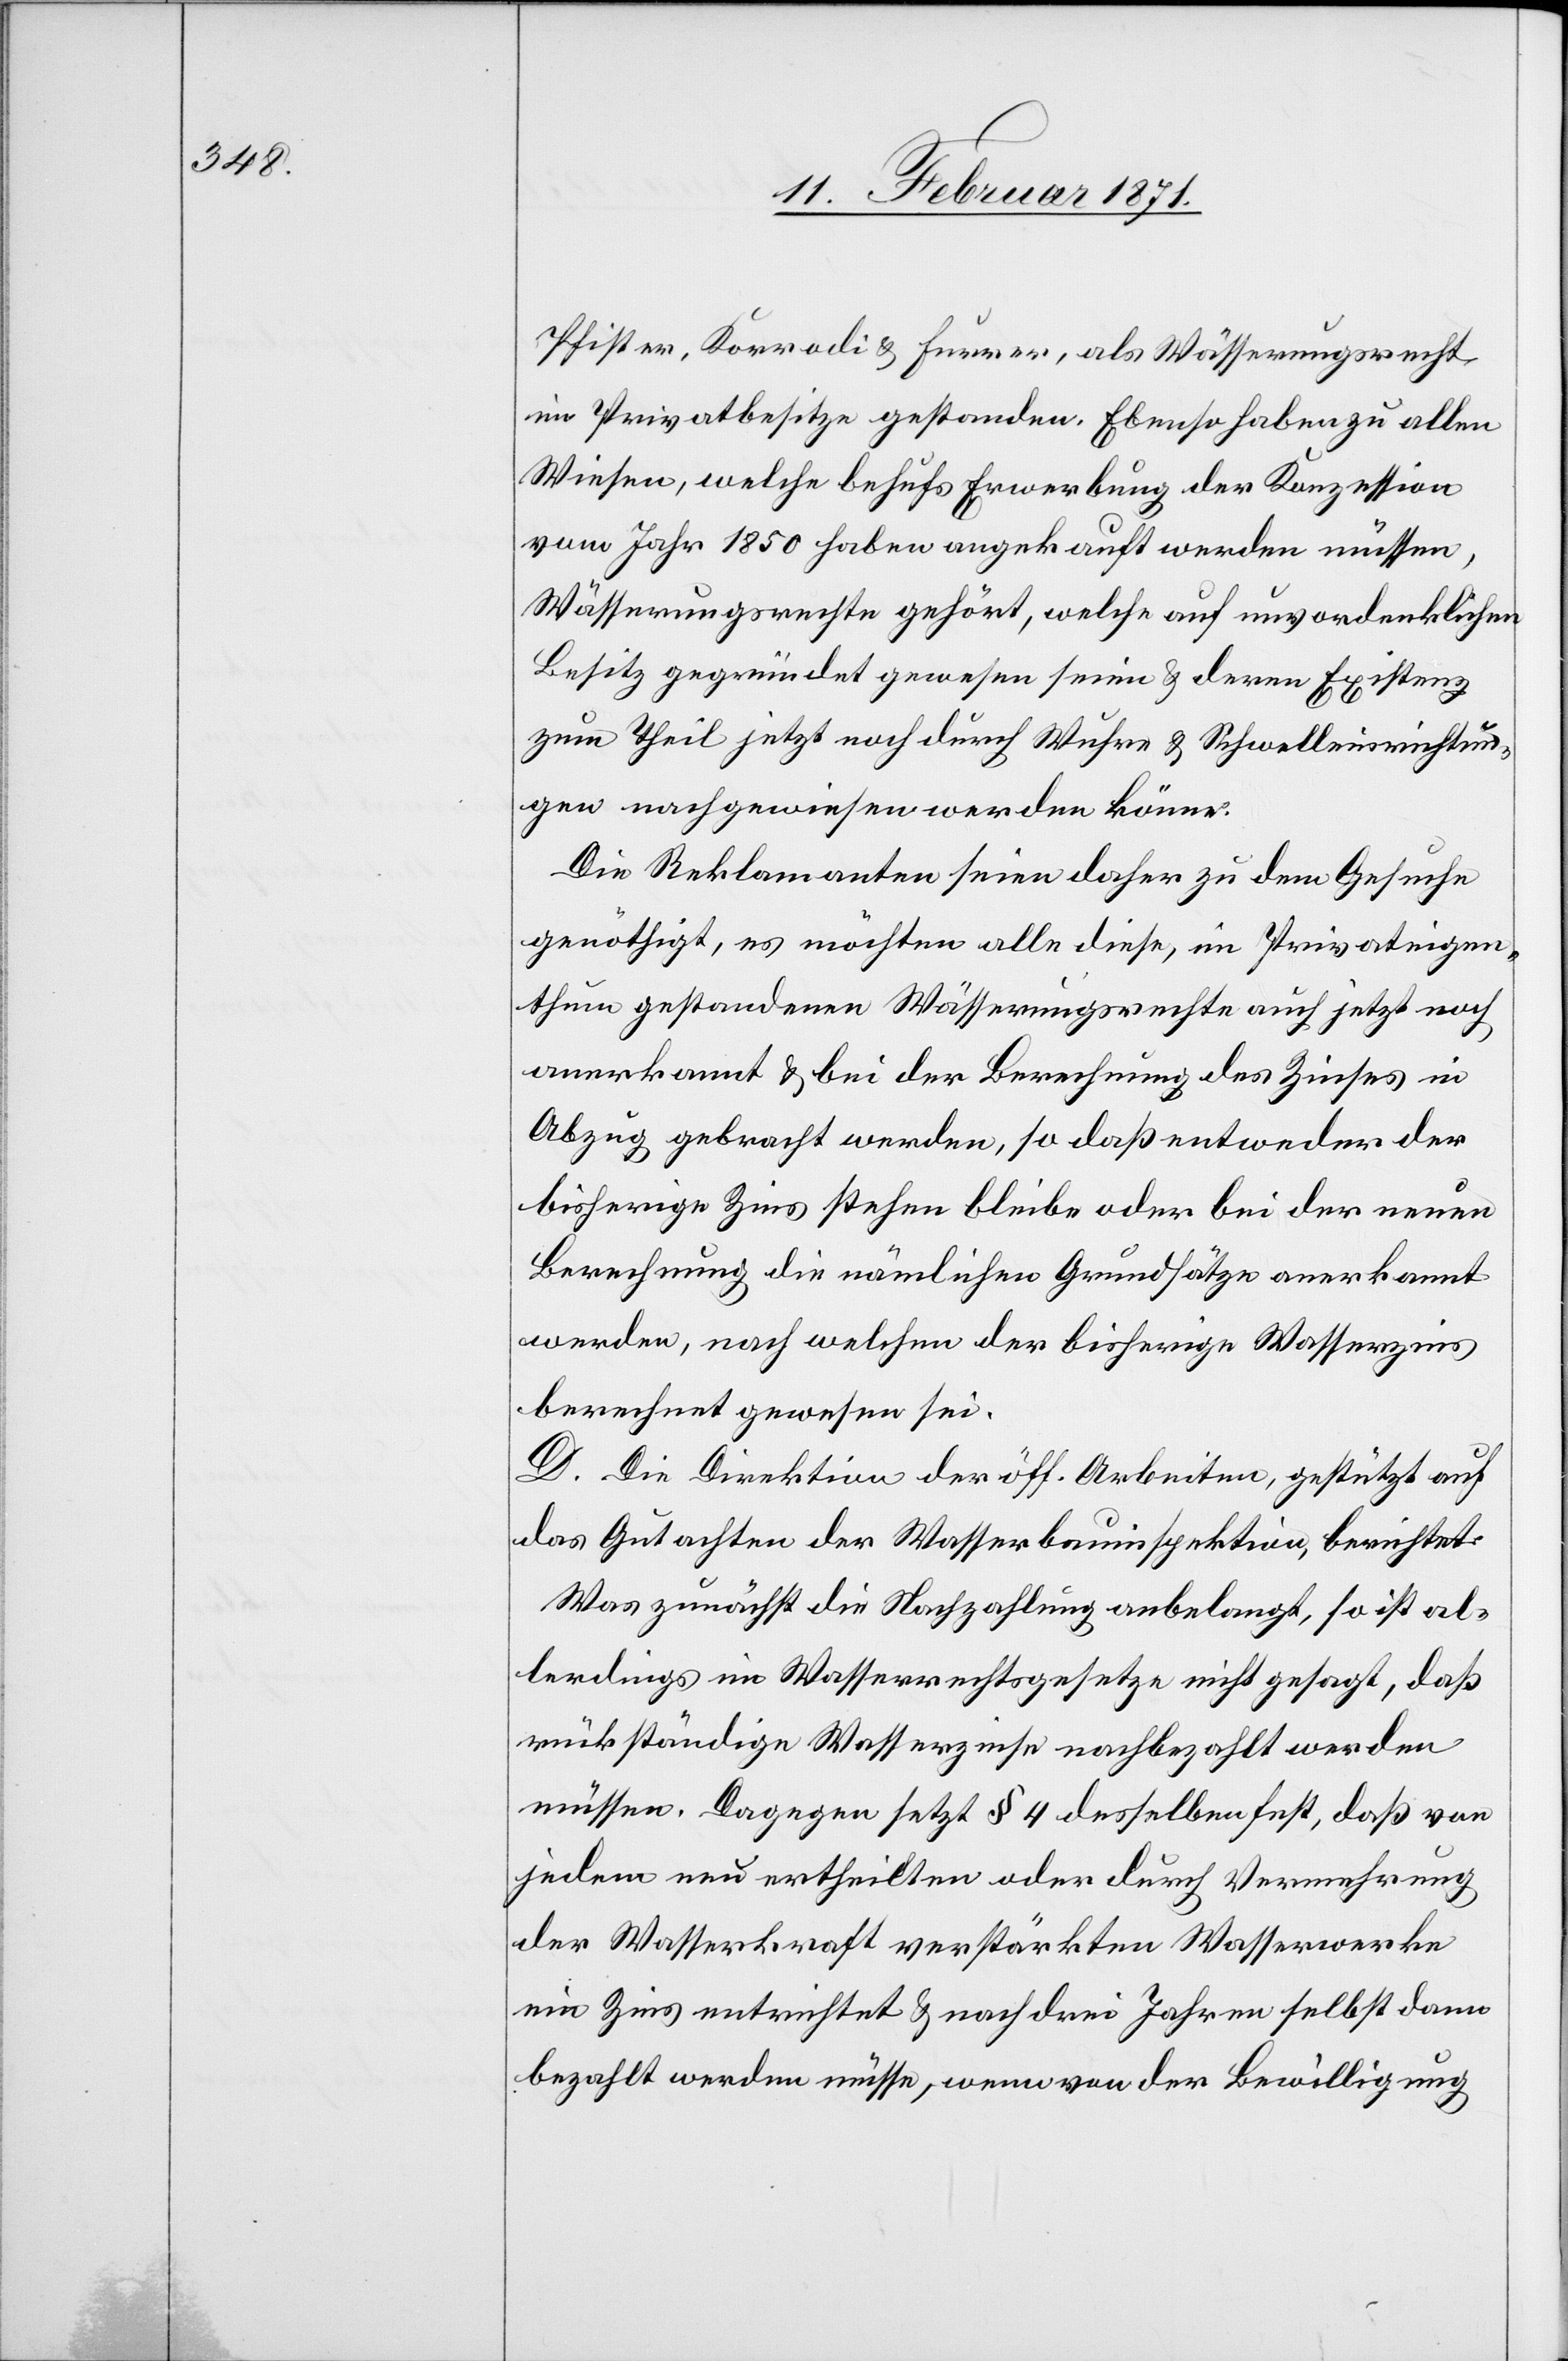
Pfister, Korradi u. Furrer, als Wässerungsrecht
im Privatbesitze gestanden. Ebenso haben zu allen
Wiesen, welche behufs Erwerbung der Konzession
vom Jahr 1850 haben angekauft werden müssen,
Wässerungsrechte gehört, welche auf unvordenklichen
Besitz gegründet gewesen seien u. deren Existenz
zum Theil jetzt noch durch Wuhre u. Schwelleinrichtun¬
gen nachgewiesen werden könne.
Die Reklamanten seien daher zu dem Gesuche
genötigt, es möchten alle diese, im Privateigen¬
thum gestandenen Wässerungsrechte auch jetzt noch
anerkannt u. bei der Berechnung des Zinses in
Abzug gebracht werden, so daß entweder der
bisherige Zins stehen bleibe oder bei der neuen
Berechnung die nämlichen Grundsätze anerkannt
werden, nach welchen der bisherige Wasserzins
berechnet gewesen sei.
D. Die Direktion der öff. Arbeiten, gestützt auf
das Gutachten der Wasserbauinspektion, berichtet:
Was zunächst die Nachzahlung anbelangt, so ist al¬
lerdings im Wasserrechtsgesetze nicht gesagt, daß
rückständige Wasserzinse nachbezahlt werden
müssen. Dagegen setzt § 4 desselben fest, daß von
jedem nun ertheilten oder durch Vermehrung
der Wasserkraft verstärkten Wasserwerke
ein Zins entrichtet u. nach drei Jahren selbst dann
bezahlt werden müsse, wenn von der Bewilligung